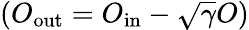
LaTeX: (O_{\mathrm{out}}=O_{\mathrm{in}}-\sqrt{\gamma}O)